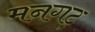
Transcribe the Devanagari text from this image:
मनगट़